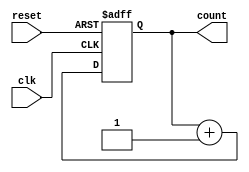
////////////////////////////////////////
//  Functionality: 16 bit up counter 
////////////////////////////////////////

module counterup16 (clk, reset, count);
	input clk, reset;
	output [15:0] count;
	reg [15:0] count;                                   

	initial begin
      	  count <= 0;
    	end   

	always @ (posedge clk or negedge reset) begin
		if (reset == 1'b0)
		  count <= 16'h0;
		else 
		  count <= count + 1;
	end

endmodule